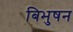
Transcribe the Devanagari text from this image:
बिभुषन